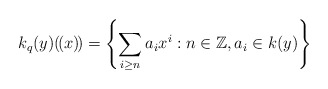
\begin{align*}k_q(y)(\!(x)\!) = \left\{ \sum_{i \geq n} a_i x^i : n \in \mathbb{Z}, a_i \in k(y)\right\}\end{align*}